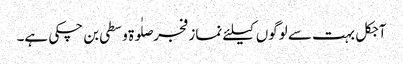
آجکل بہت سے لوگوں کیلئے نماز فجر صلٰوۃ وسطی بن چکی ہے۔